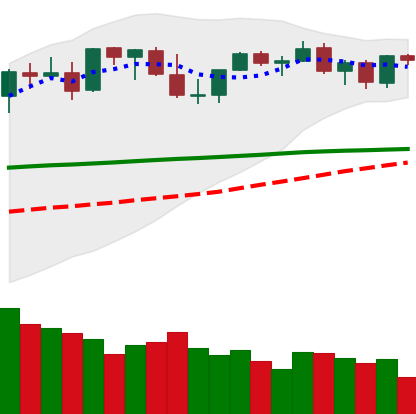
Ticker: ETH-USD
Chart end date: 2021-08-28
Forward return: 16.847%
Label: up_7plus